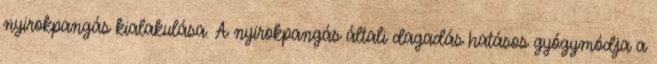
nyirokpangás kialakulása. A nyirokpangás általi dagadás hatásos gyógymódja a